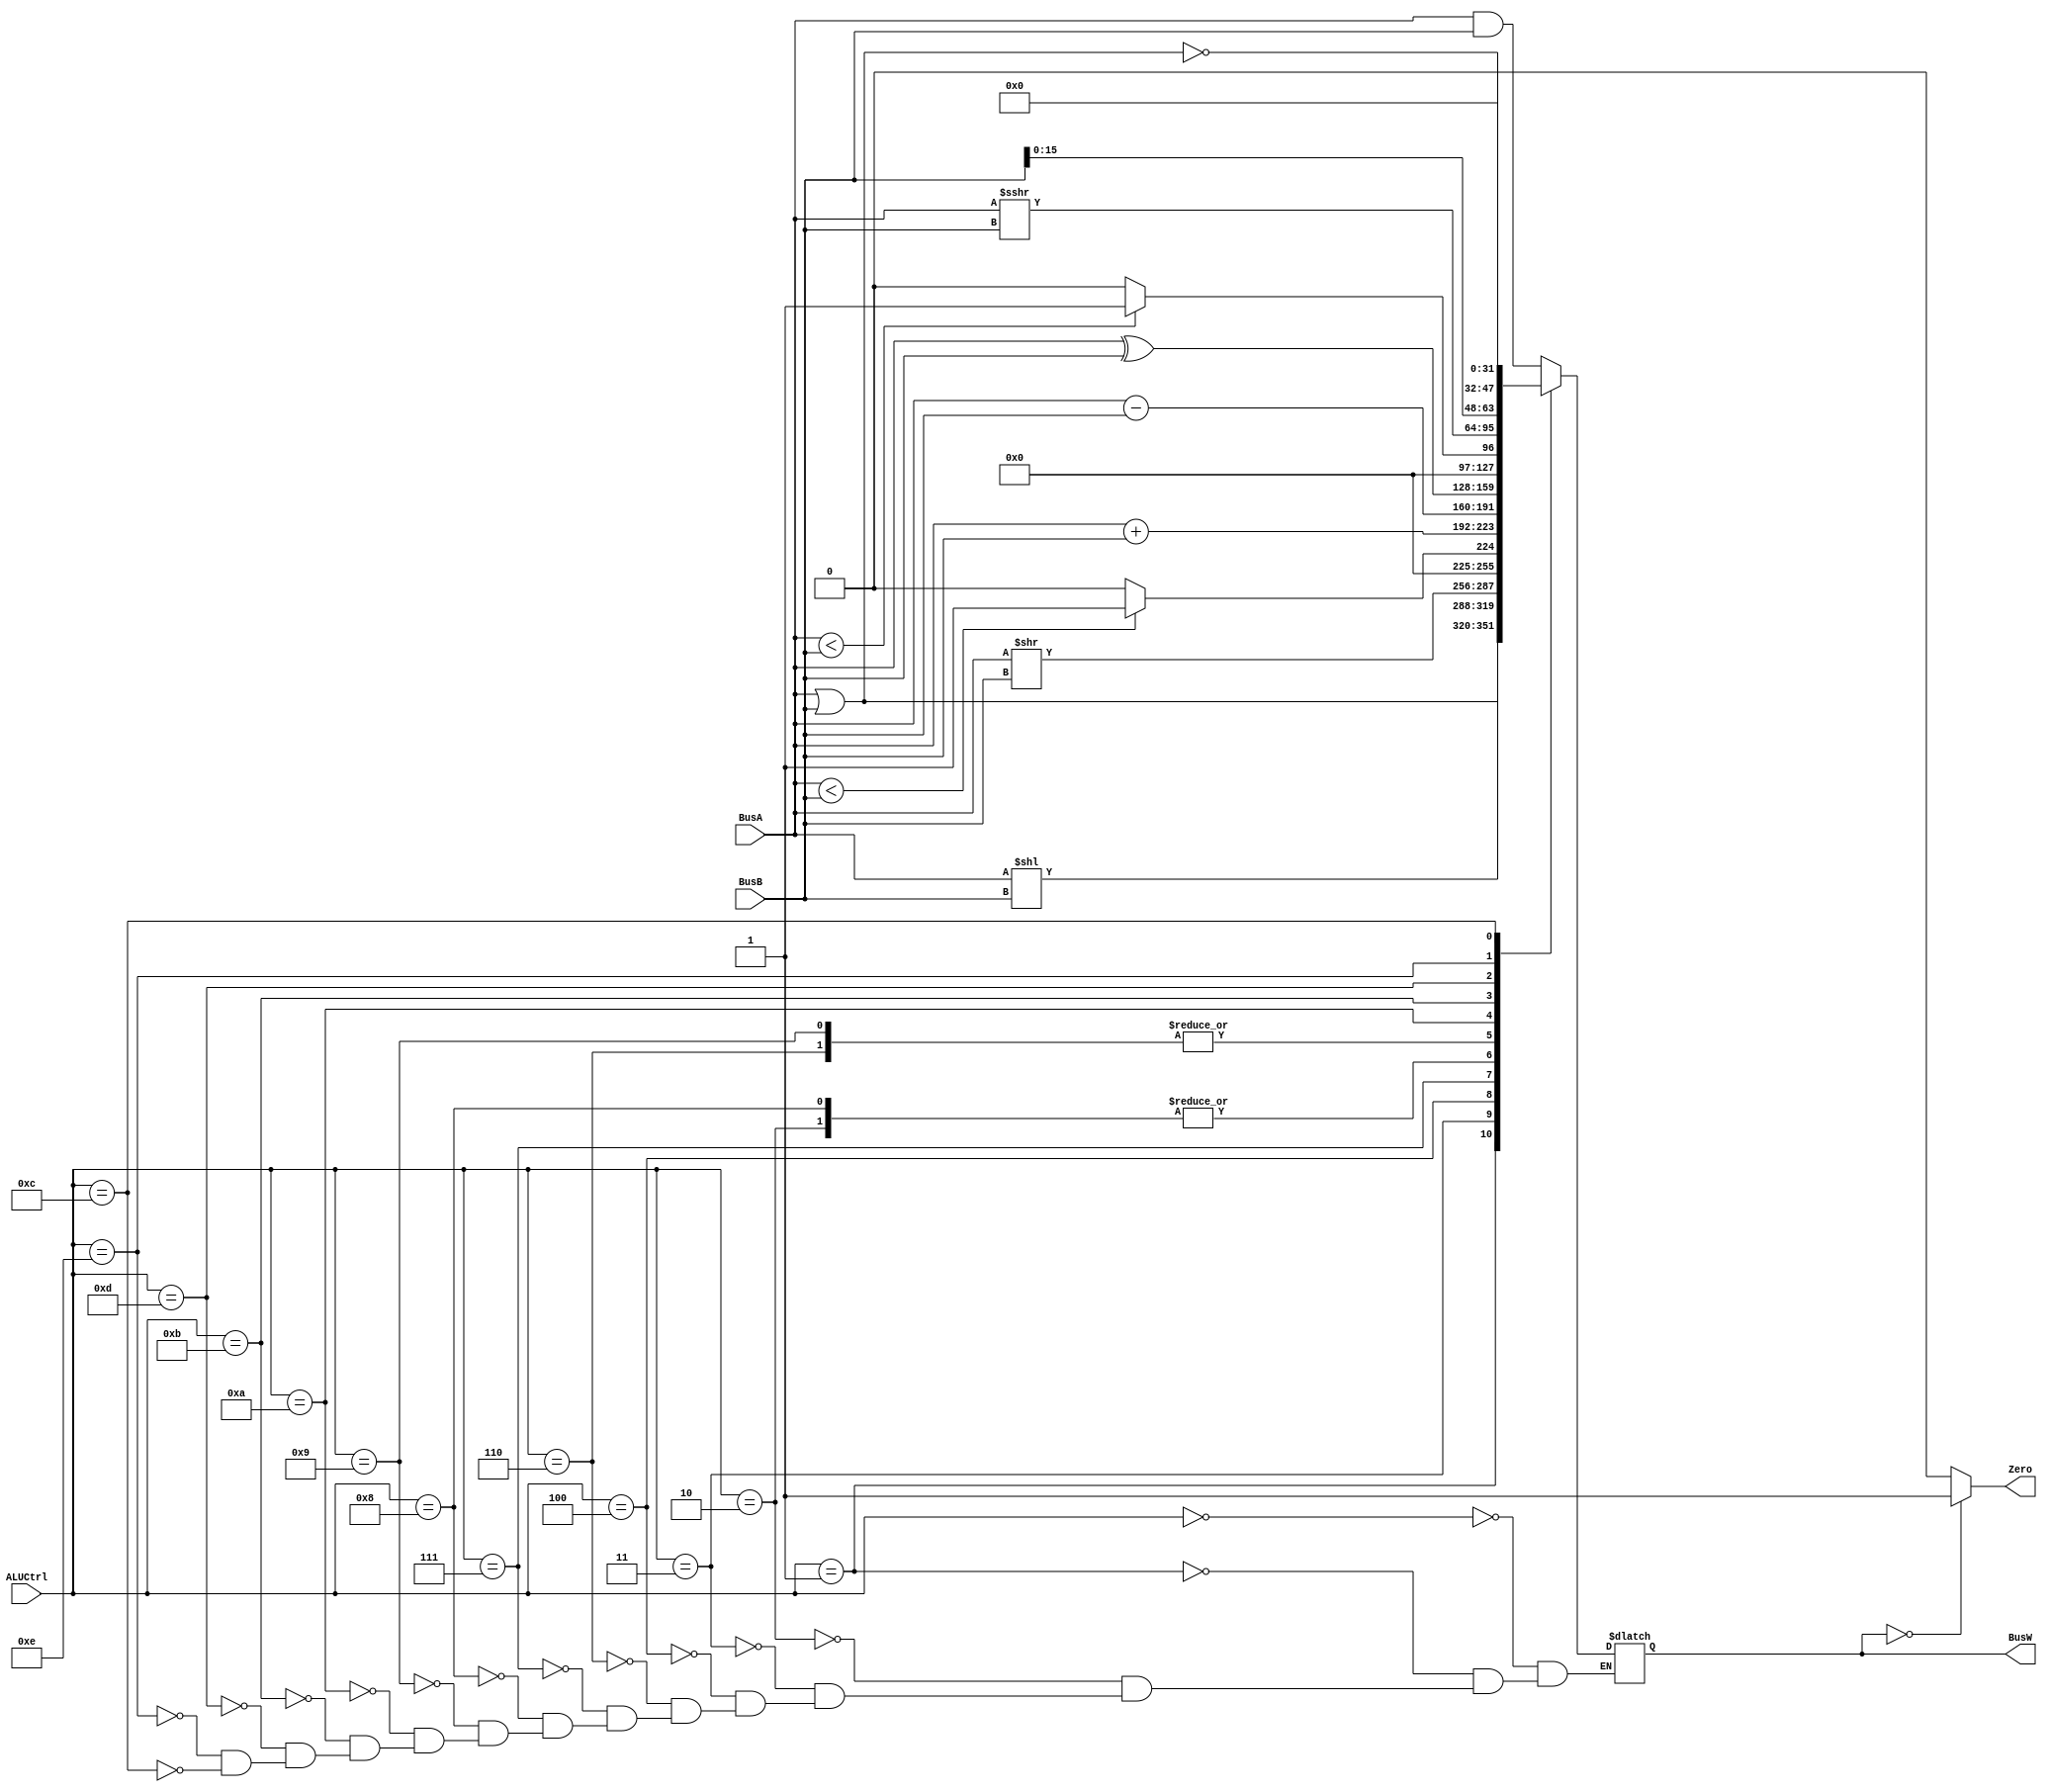
`timescale 1ns / 1ps
module ALU(BusW, Zero, BusA, BusB, ALUCtrl);
`define AND 4'b0000
`define OR 4'b0001
`define ADD 4'b0010
`define SLL 4'b0011
`define SRL 4'b0100
`define SUB 4'b0110
`define SLT 4'b0111
`define ADDU 4'b1000
`define SUBU 4'b1001
`define XOR 4'b1010
`define SLTU 4'b1011
`define NOR 4'b1100
`define SRA 4'b1101
`define LUI 4'b1110
//definitions of the alu copied from the mini alu given
 parameter n = 32;


output  [n-1:0] BusW;
input   [n-1:0] BusA, BusB;
input   [3:0] ALUCtrl;
output  Zero;
wire [31:0] BusA_cmp,BusB_cmp;
	 
reg     [n-1:0] BusW;


always@(ALUCtrl or BusA or BusB)

begin

case(ALUCtrl)
`AND: begin BusW <= #20 BusA & BusB; end
`OR: begin BusW <= #20 BusA | BusB; end
`ADD: begin BusW <= #20 BusA + BusB; end
`SLL: begin BusW <= #20 BusA << BusB; end
`SRL: begin BusW <= #20 BusA >> BusB; end
`SUB: begin BusW <= #20 BusA - BusB; end
`SLT: begin BusW <= #20 ($signed(BusA) < $signed(BusB))?1:0; end
`ADDU: begin BusW <= #20 $unsigned(BusA) + $unsigned(BusB); end   //$unsign and $sign is if the sign is specified or not
`SUBU: begin BusW <= #20 $unsigned(BusA) - $unsigned(BusB); end
`XOR: begin BusW <= #20 BusA ^ BusB; end
`SLTU: begin BusW <= #20  $unsigned(BusA) < $unsigned(BusB) ? 1: 0; end // ? is taking the place of an if else statement 
`SRA: begin BusW <= #20 $signed(BusA) >>> BusB; end
`LUI: begin BusW <= #20 {BusB[15:0],{16{1'b0}}}; end   //Made Bus A all zeros because we are loading the upper 16 bits
`NOR: begin BusW <= #20 ~(BusA | BusB); end
            
endcase

end

 
assign #1 Zero = (BusW==32'b0) ? 1: 0;
endmodule